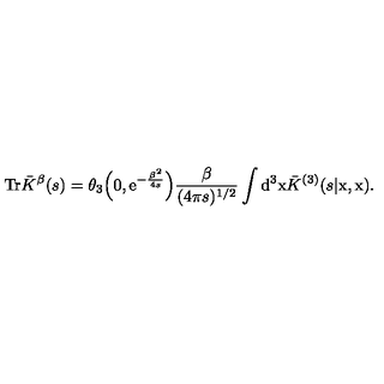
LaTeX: { \mathrm { T r } } \bar { K } ^ { \beta } ( s ) = \theta _ { 3 } \Big ( 0 , { \mathrm { e } } ^ { - \frac { \beta ^ { 2 } } { 4 s } } \Big ) \frac { \beta } { ( 4 \pi s ) ^ { 1 / 2 } } \int { \mathrm { d } } ^ { 3 } { \mathrm { \boldmath x } } \bar { K } ^ { ( 3 ) } ( s | \mathrm { \boldmath x } , \mathrm { \boldmath x } ) .